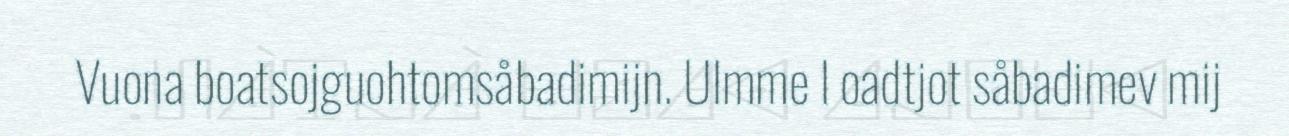
Vuona boatsojguohtomsåbadimijn. Ulmme l oadtjot såbadimev mij